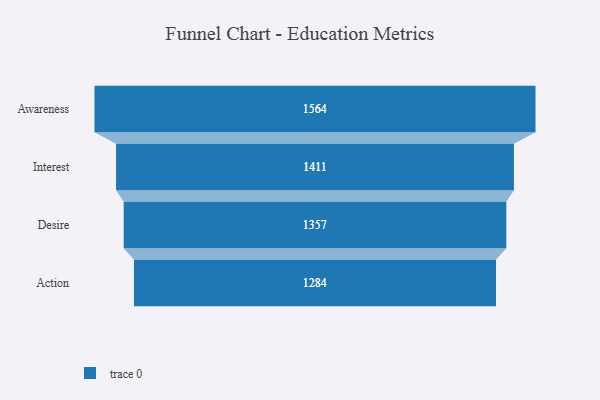
{"axis": {"x": "Stage", "y": "Value"}, "legend": [""], "data": [{"x": "Awareness", "y": 1564.0, "type": ""}, {"x": "Interest", "y": 1411.0, "type": ""}, {"x": "Desire", "y": 1357.0, "type": ""}, {"x": "Action", "y": 1284.0, "type": ""}]}